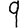
Digit: 9